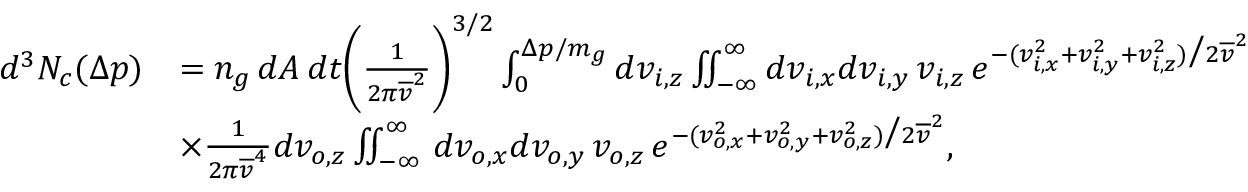
\begin{array} { r l } { d ^ { 3 } N _ { c } ( \Delta p ) } & { = n _ { g } \, d A \, d t \bigg ( \frac { 1 } { 2 \pi \overline { { v } } ^ { 2 } } \bigg ) ^ { 3 / 2 } \int _ { 0 } ^ { \Delta p / m _ { g } } d v _ { i , z } \iint _ { - \infty } ^ { \infty } d v _ { i , x } d v _ { i , y } \, v _ { i , z } \, e ^ { - ( v _ { i , x } ^ { 2 } + v _ { i , y } ^ { 2 } + v _ { i , z } ^ { 2 } ) \big / 2 \overline { { v } } ^ { 2 } } } \\ & { \times \frac { 1 } { 2 \pi \overline { { v } } ^ { 4 } } d v _ { o , z } \iint _ { - \infty } ^ { \infty } \, d v _ { o , x } d v _ { o , y } \, v _ { o , z } \, e ^ { - ( v _ { o , x } ^ { 2 } + v _ { o , y } ^ { 2 } + v _ { o , z } ^ { 2 } ) \big / 2 \overline { { v } } ^ { 2 } } , } \end{array}